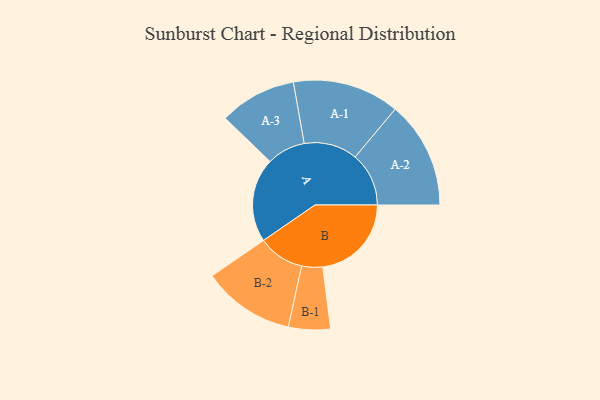
{"axis": {"x": "Segment", "y": "Value"}, "legend": ["", "A", "B"], "data": [{"x": "A", "y": 406, "type": ""}, {"x": "B", "y": 428, "type": ""}, {"x": "A-1", "y": 258, "type": "A"}, {"x": "A-2", "y": 259, "type": "A"}, {"x": "A-3", "y": 186, "type": "A"}, {"x": "B-1", "y": 101, "type": "B"}, {"x": "B-2", "y": 223, "type": "B"}]}